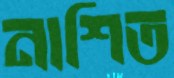
নাশিত